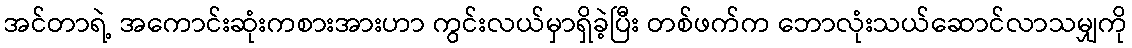
အင်တာရဲ့ အကောင်းဆုံးကစားအားဟာ ကွင်းလယ်မှာရှိခဲ့ပြီး တစ်ဖက်က ဘောလုံးသယ်ဆောင်လာသမျှကို